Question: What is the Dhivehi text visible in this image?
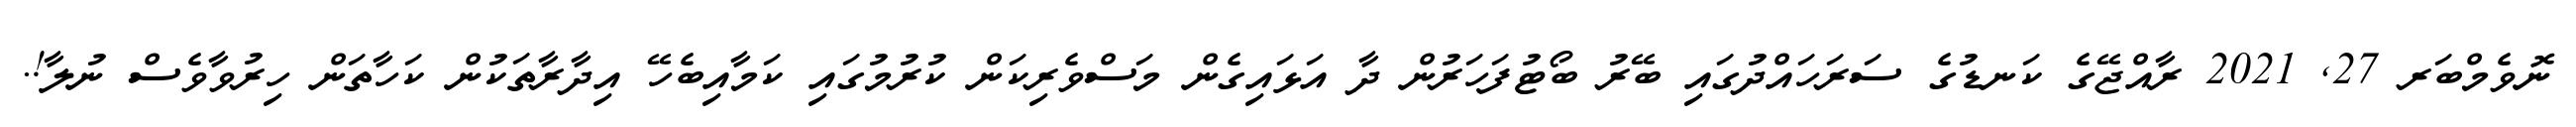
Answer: ނޮވެމްބަރ 27, 2021 ރާއްޖޭގެ ކަނޑުގެ ސަރަހައްދުގައި ބޭރު ބޯޓުފަހަރުން ދާ އަޅައިގެން މަސްވެރިކަން ކުރުމުގައި ކަމާއިބެހޭ އިދާރާތަކުން ކަހާތަން ހިރުވާވެސް ނުލާ!.